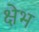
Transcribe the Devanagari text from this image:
क्षेभ